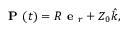
{ \textbf { P } } ( t ) = R { \textbf { e } } _ { r } + Z _ { 0 } { \hat { k } } ,